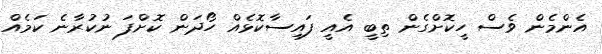
އެންމެން ވެސް ހީކޮށްގެން ތިބީ އެއީ ފައިސާކޮޅެއް ހޯދަން ކޮށްފަ ނުކުރާނެ ކަމެއް